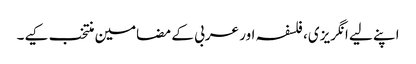
اپنے لیے انگریزی، فلسفہ اور عربی کے مضامین منتخب کیے۔